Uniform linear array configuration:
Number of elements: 64
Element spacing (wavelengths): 0.75
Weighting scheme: hamming
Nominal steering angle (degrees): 60
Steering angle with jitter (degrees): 61.311
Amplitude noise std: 0.05
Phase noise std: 0.05

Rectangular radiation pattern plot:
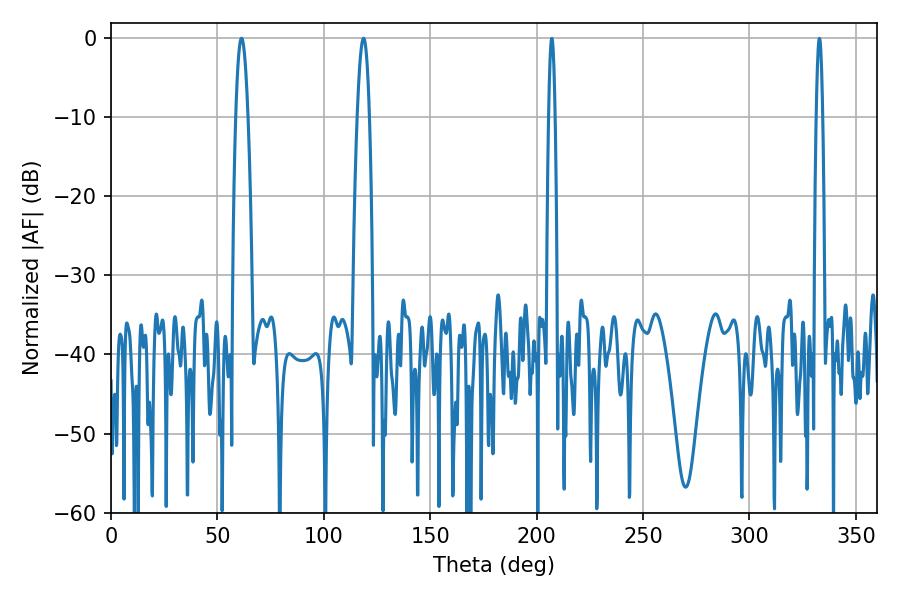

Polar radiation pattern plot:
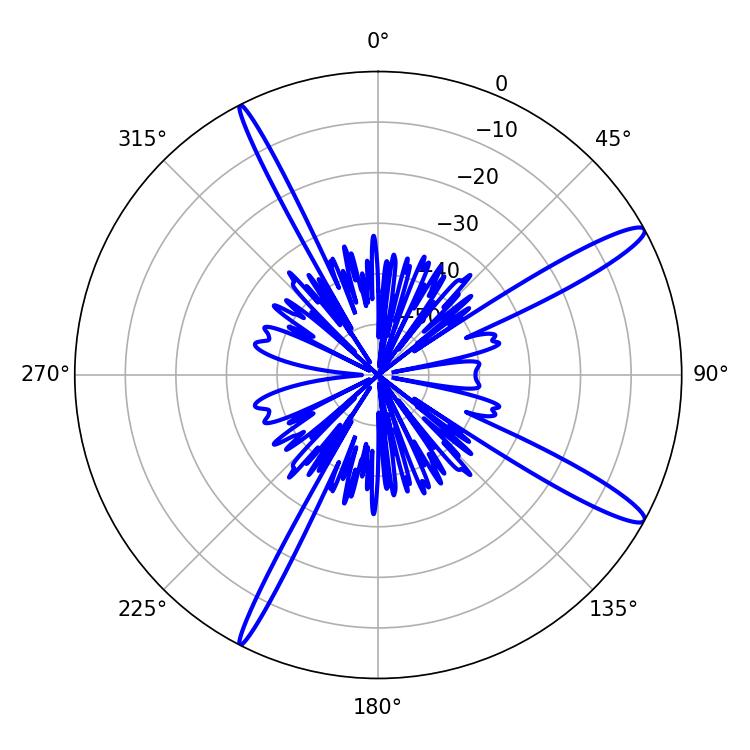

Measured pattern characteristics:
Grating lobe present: TRUE
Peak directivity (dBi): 14.203
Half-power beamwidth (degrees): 3.24
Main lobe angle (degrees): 61.38